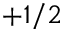
+ 1 / 2